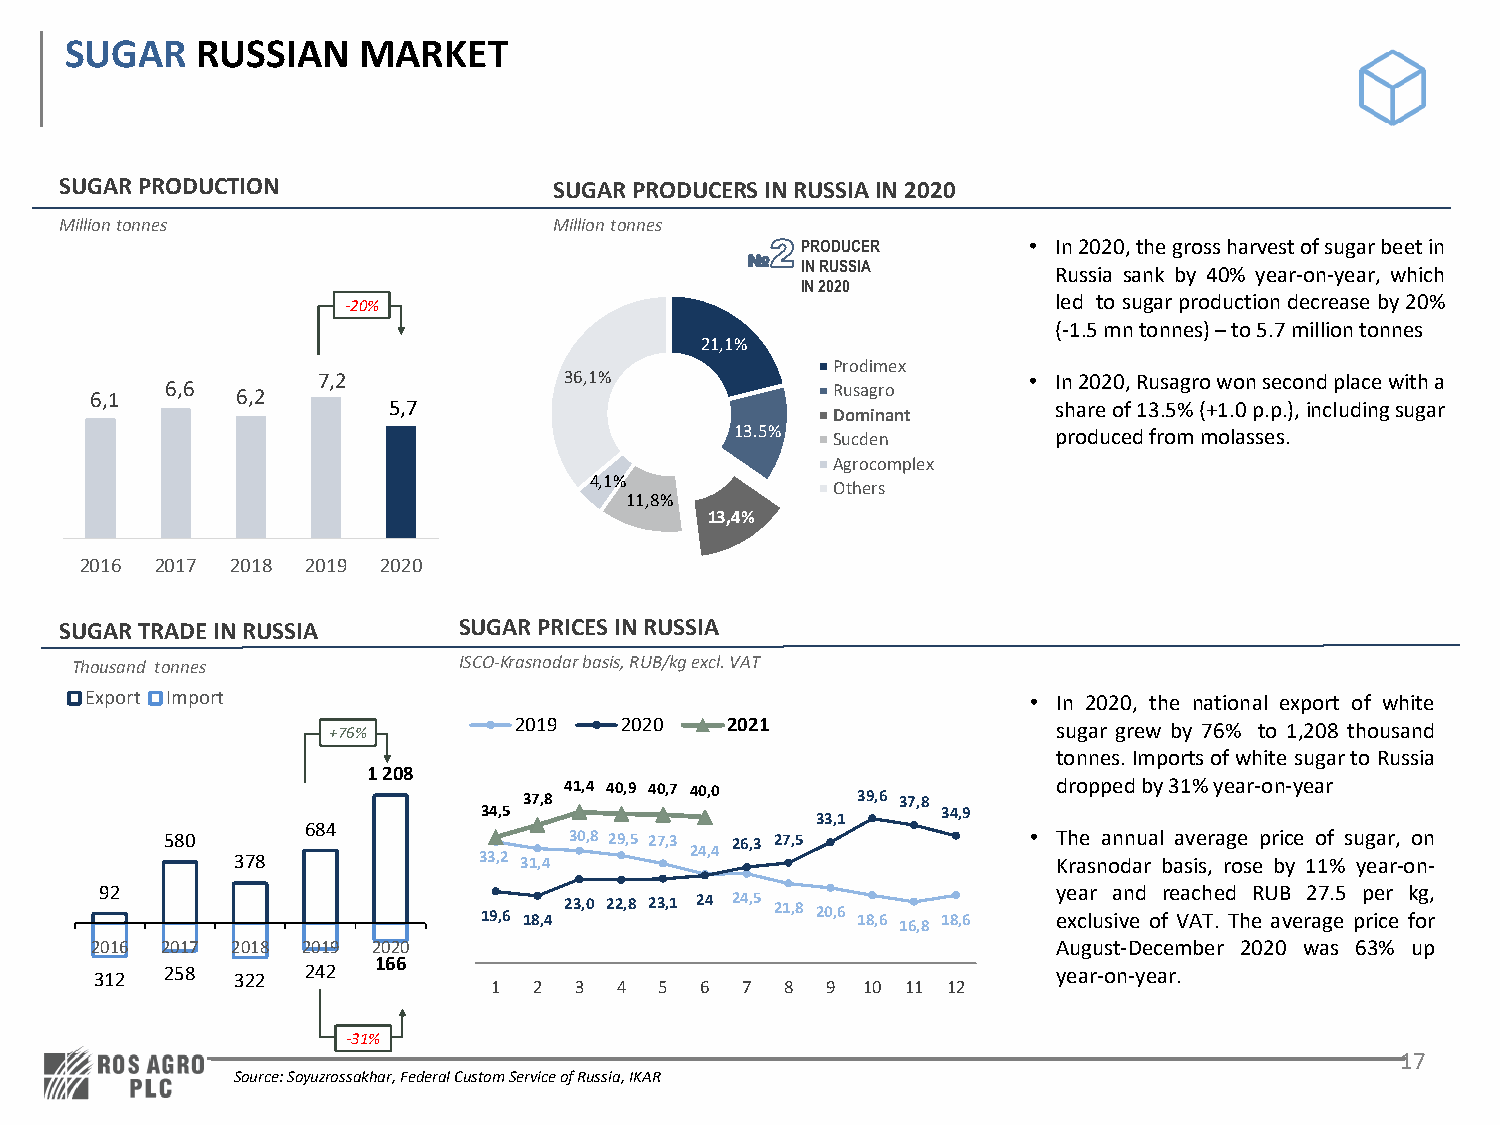
SUGAR    RUSSIAN    MARKET
 SUGAR PRODUCTION                 SUGAR PRODUCERS IN RUSSIA IN 2020
 Million tonnes                   Million tonnes
 PRODUCER       • In2020,thegrossharvestofsugarbeetin
 №   IN RUSSIA        Russia sank by 40% year-on-year, which
 IN 2020
 -20%                                           led tosugarproductiondecreaseby20%
 (-1.5mntonnes)–to5.7milliontonnes
 21,1%
 Prodimex
 7,2             36,1%                          • In2020,Rusagrowonsecondplacewitha
 6,1  6,6  6,2                                    Rusagro
 5,7                                         shareof13.5%(+1.0p.p.),includingsugar
 Dominant
 13.5% Sucden         producedfrommolasses.
 Agrocomplex
 4,1%
 Others
 11,8%
 13,4%
 2016 2017 2018 2019 2020
 SUGAR TRADE INRUSSIA      SUGAR PRICES IN RUSSIA
 Thousand tonnes          ISCO-Krasnodar basis, RUB/kg excl. VAT
 Export Import                                                 • In 2020, the national export of white
 +76%        2019   2020   2021                  sugar grew by 76% to 1,208 thousand
 tonnes.Importsofwhitesugarto Russia
 1208
 37,8 41,4 40,9 40,7 40,0 39,6 37,8 droppedby31%year-on-year
 34,5                          34,9
 33,1
 684
 580                        30,8 29,5 27,3 26,3 27,5      • The annual average price of sugar, on
 378             33,2 31,4     24,4                    Krasnodar basis, rose by 11% year-on-
 92                                                             year and reached RUB 27.5 per kg,
 19,6 18,4 23,0 22,8 23,1 24 24,5 21,8 20,6 18,6 16,8 18,6 exclusive of VAT. The average price for
 2016 2017 2018 2019 2020                                        August-December 2020 was 63% up
 166
 312  258  322 242                                               year-on-year.
 1 2  3  4  5 6  7  8  9 10 11 12
 -31%
 17
 Source: Soyuzrossakhar, Federal Custom Service of Russia, IKAR